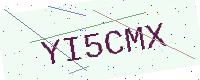
Text: YI5CMX